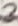
Text: 3